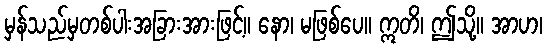
မှန်သည်မှတစ်ပါးအခြားအားဖြင့်။ နော၊ မဖြစ်ပေ။ ဣတိ၊ ဤသို့။ အာဟ၊